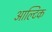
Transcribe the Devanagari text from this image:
आल्टिक